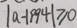
\vert a - 1 9 9 4 \vert \geq 0